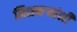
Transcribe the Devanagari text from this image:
मिशनऱ्यांशी